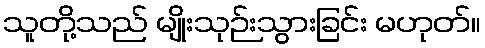
သူတို့သည် မျိုးသုဉ်းသွားခြင်း မဟုတ်။